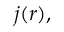
j ( r ) ,